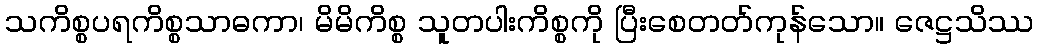
သကိစ္စပရကိစ္စသာဓကာ၊ မိမိကိစ္စ သူတပါးကိစ္စကို ပြီးစေတတ်ကုန်သော။ ဇေဋ္ဌသိဿ